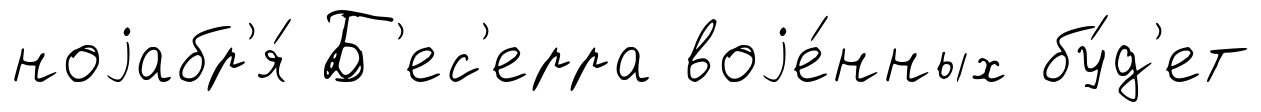
ноjабр'я́ Б'ес'ерра воjе́нных бу́д'ет